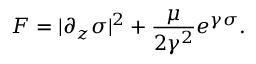
F = | \partial _ { z } \sigma | ^ { 2 } + { \frac { \mu } { 2 \gamma ^ { 2 } } } e ^ { \gamma \sigma } .